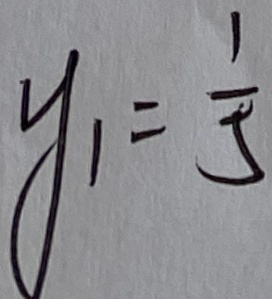
y _ { 1 } = \frac { 1 } { 5 }